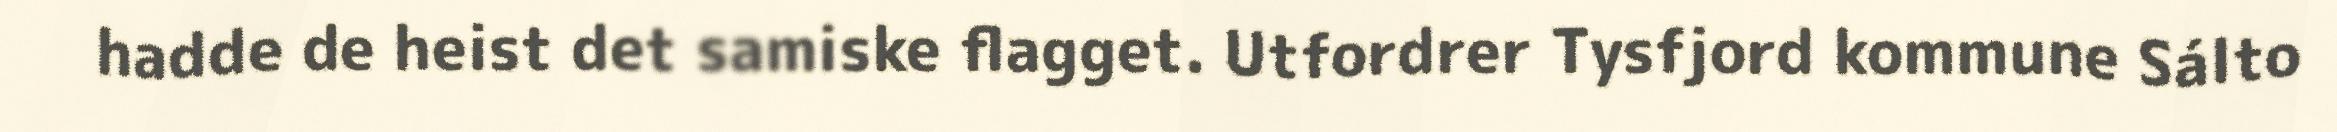
hadde de heist det samiske flagget. Utfordrer Tysfjord kommune Sálto